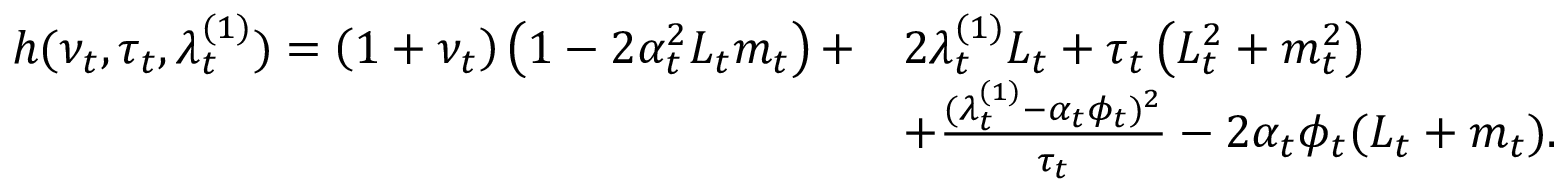
\begin{array} { r l } { h ( \nu _ { t } , \tau _ { t } , \lambda _ { t } ^ { ( 1 ) } ) = \left( 1 + \nu _ { t } \right) \left( 1 - 2 \alpha _ { t } ^ { 2 } L _ { t } m _ { t } \right) + } & { 2 \lambda _ { t } ^ { ( 1 ) } L _ { t } + \tau _ { t } \left( L _ { t } ^ { 2 } + m _ { t } ^ { 2 } \right) } \\ & { + \frac { ( \lambda _ { t } ^ { ( 1 ) } - \alpha _ { t } \phi _ { t } ) ^ { 2 } } { \tau _ { t } } - 2 \alpha _ { t } \phi _ { t } ( L _ { t } + m _ { t } ) . } \end{array}